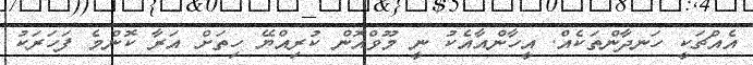
އެއްޗަކީ ހަނދާންތަކެއް. އީހާންއާއެކު ނީ މޫވްއޮން ކުރިއްޔޭ ހިތަށް އަރާ ކޮންމެ ފަހަރަކު